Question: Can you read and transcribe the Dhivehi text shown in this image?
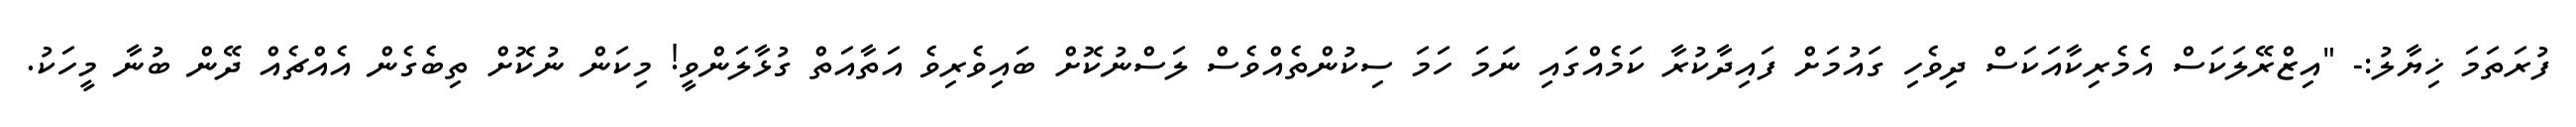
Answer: ފުރަތަމަ ޚިޔާލު:- "އިޒްރޭލަކަސް އެމެރިކާއަކަސް ދިވެހި ގައުމަށް ފައިދާކުރާ ކަމެއްގައި ނަމަ ހަމަ ސިކުންތެއްވެސް ލަސްނުކޮށް ބައިވެރިވެ އަތާއަތް ގުޅާލަންވީ! މިކަން ނުކޮށް ތިބެގެން އެއްޗެއް ދޭން ބުނާ މީހަކު.